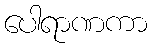
ပေါရာဏကာ